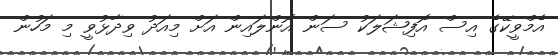
އެމްވީކޭގެ އިސް އޮފިޝަލަކު ސަން އޮންލައިން އަށް މިއަދު ވިދާޅުވީ މި މަހުން